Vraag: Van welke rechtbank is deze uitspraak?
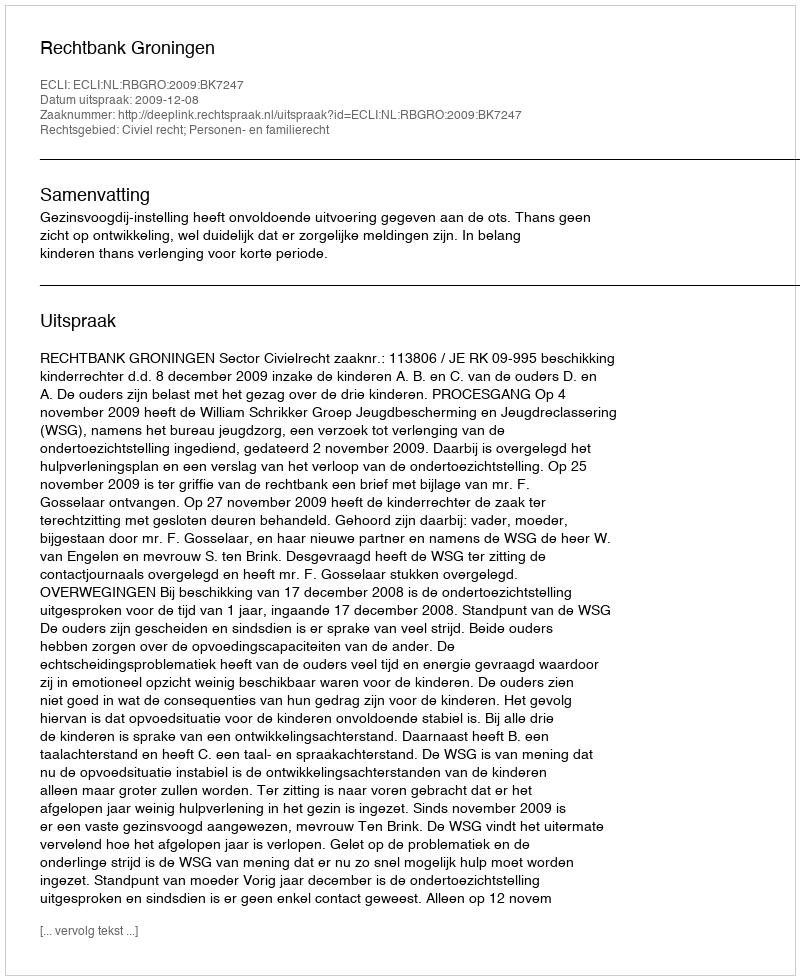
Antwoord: Rechtbank Groningen